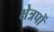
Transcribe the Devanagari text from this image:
क्षेत्रपों